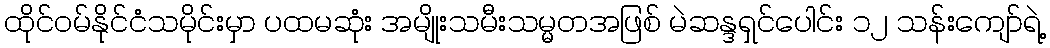
ထိုင်ဝမ်နိုင်ငံသမိုင်းမှာ ပထမဆုံး အမျိုးသမီးသမ္မတအဖြစ် မဲဆန္ဒရှင်ပေါင်း ၁၂ သန်းကျော်ရဲ့